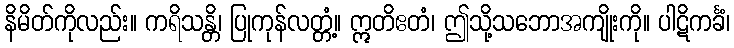
နိမိတ်ကိုလည်း။ ကရိသန္တိ၊ ပြုကုန်လတ္တံ့။ ဣတိဧတံ၊ ဤသို့သဘောအကျိုးကို။ ပါဋိကင်္ခံ၊